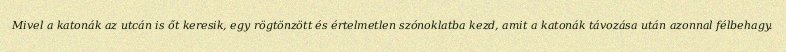
Mivel a katonák az utcán is őt keresik, egy rögtönzött és értelmetlen szónoklatba kezd, amit a katonák távozása után azonnal félbehagy.